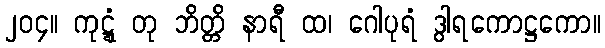
၂၀၄။ ကုဋ္ဋံ တု ဘိတ္တိ နာရီ ထ၊ ဂေါပုရံ ဒွါရကောဋ္ဌကော။